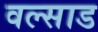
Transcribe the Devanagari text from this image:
वल्साड